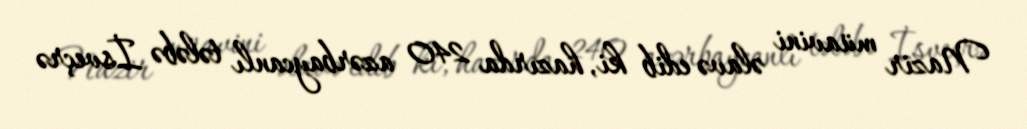
Nazir müavini əlavə edib ki, hazırda 240 azərbaycanlı tələbə İsveçrə